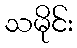
သမိုင်း